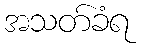
အသတ်ခံရ